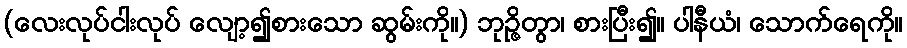
(လေးလုပ်ငါးလုပ် လျော့၍စားသော ဆွမ်းကို။) ဘုဉ္ဇိတွာ၊ စားပြီး၍။ ပါနီယံ၊ သောက်ရေကို။